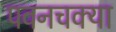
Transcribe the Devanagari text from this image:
पवनचक्या